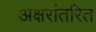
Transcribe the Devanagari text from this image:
अक्षरांतरित